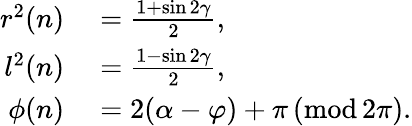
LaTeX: \begin{array}{rl}{r^{2}(n)}&{{}=\frac{1+\sin 2\gamma}{2},}\\ {l^{2}(n)}&{{}=\frac{1-\sin 2\gamma}{2},}\\ {\phi(n)}&{{}=2(\alpha-\varphi)+\pi\, (\mathrm{mod}\, 2\pi).}\end{array}